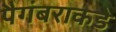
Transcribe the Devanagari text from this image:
पैगंबराकडे